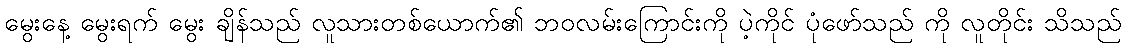
မွေးနေ့ မွေးရက် မွေး ချိန်သည် လူသားတစ်ယောက်၏ ဘဝလမ်းကြောင်းကို ပဲ့ကိုင် ပုံဖော်သည် ကို လူတိုင်း သိသည်